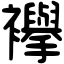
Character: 襷